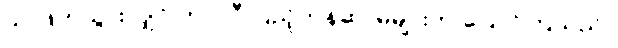
သူ ဖြတ်သွားလျှင် ကပ္ပလီ ပြည့်တန်ဆာမများက ပြောင်ကြသည်။